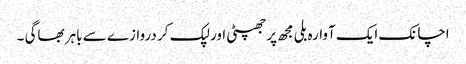
اچانک ایک آوارہ بلی مجھ پر جھپٹی اور لپک کر دروازے سے باہر بھاگی ۔